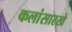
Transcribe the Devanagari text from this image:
कलांसारखे